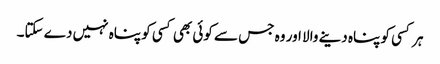
ہر کسی کو پناہ دینے والا اور وہ جس سے کوئی بھی کسی کو پناہ نہیں دے سکتا۔